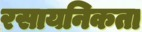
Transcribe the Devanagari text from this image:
रसायनिकता